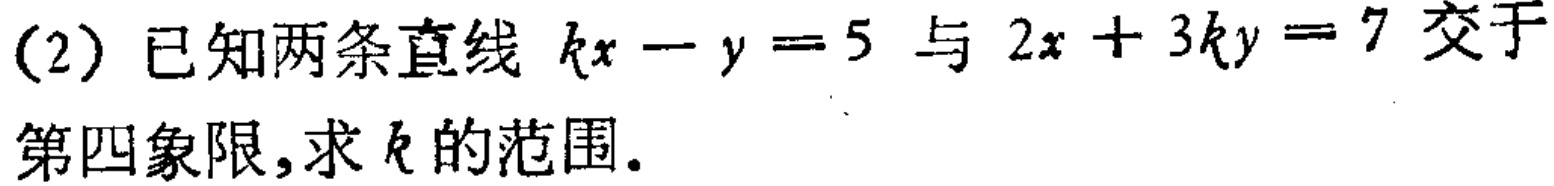
(2) 已知两条直线 \(kx - y = 5\) 与 \(2x + 3ky = 7\) 交于第四象限,求 \(k\) 的范围.